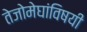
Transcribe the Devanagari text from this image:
तेजोमेघांविषयी